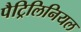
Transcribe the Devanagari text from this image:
पैट्रिलिनियल